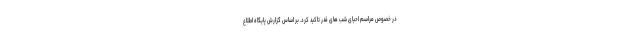
در خصوص مراسم احیای شب های قدر تاکید کرد. بر اساس گزارش پایگاه اطلاع